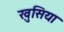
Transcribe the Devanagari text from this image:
खुसिया